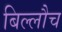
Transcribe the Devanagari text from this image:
बिल्लौच